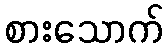
စားသောက်